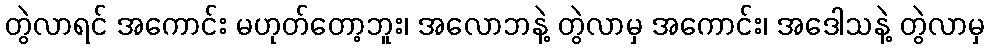
တွဲလာရင် အကောင်း မဟုတ်တော့ဘူး၊ အလောဘနဲ့ တွဲလာမှ အကောင်း၊ အဒေါသနဲ့ တွဲလာမှ